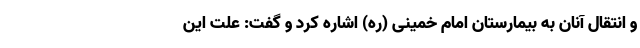
و انتقال آنان به بیمارستان امام خمینی (ره) اشاره کرد و گفت: علت این